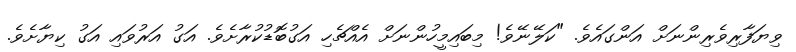
ވިޔަފާރިވެރިންނަށް އަންގައެވެ. "ކަލޭނޭވެ! މިބައިމީހުންނަށް އެއްޗެހި އަގުބޮޑުކުރާށެވެ. އަގު އަރުވައި އަގު ކިޔާށެވެ.